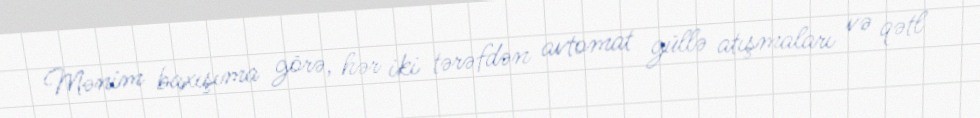
Mənim baxışıma görə, hər iki tərəfdən avtomat güllə atışmaları və qətl